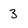
Character: 3